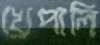
খেপালি